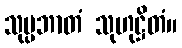
သုပ္ပဘာတံ သုဟုဋ္ဌိတံ။